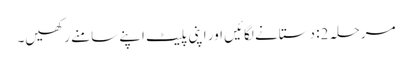
مرحلہ 2: دستانے لگائیں اور اپنی پلیٹ اپنے سامنے رکھیں۔